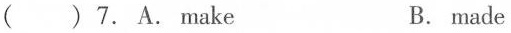
( ) 7. A. Make B. made